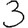
Digit: 3